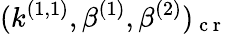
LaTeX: (k^{(1,1)},\beta^{(1)},\beta^{(2)})_{\mathrm{~c~r~}}